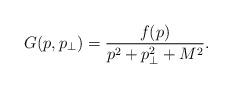
LaTeX: \begin{align*}G(p,p_\perp)=\frac{f(p)}{p^2+p_\perp^2+M^2}.\end{align*}